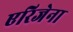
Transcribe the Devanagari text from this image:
एरिजेना